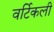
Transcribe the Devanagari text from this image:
वर्टिकली